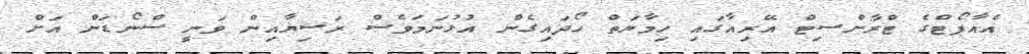
އެއާޕޯޓްގެ ޓްރާންސިޓް އޭރިއާގައި ހިމާޔަތް ހޯދައިގެން އުޅުނަމަވެސް ރަޝިޔާއިން ވަނީ ސްނޯޑަން އަށް